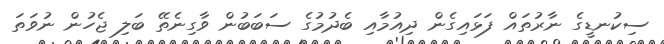
ސިކުނޑީގެ ނާރުތައް ފަޅައިގެން ދިއުމާއި ބެދުމުގެ ސަބަބުން ވާގިނެތޭ ބަލި ޖެހުން ނުވަތަ